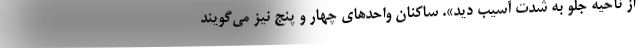
از ناحیه جلو به شدت آسیب دید». ساکنان واحدهای چهار و پنج نیز می‌گویند